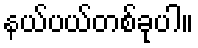
နယ်ပယ်တစ်ခုပါ။